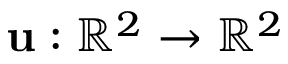
\mathbf { u } : \mathbb { R } ^ { 2 } \rightarrow \mathbb { R } ^ { 2 }